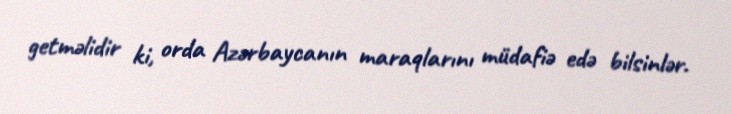
getməlidir ki, orda Azərbaycanın maraqlarını müdafiə edə bilsinlər.